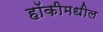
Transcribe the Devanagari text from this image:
हॉकीमधील